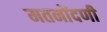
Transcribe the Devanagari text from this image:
मतनोंदणी